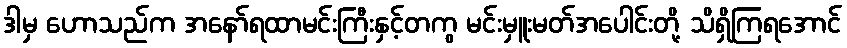
ဒါမှ ဟောသည်က အနော်ရထာမင်းကြီးနှင့်တကွ မင်းမှူးမတ်အပေါင်းတို့ သိရှိကြရအောင်